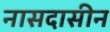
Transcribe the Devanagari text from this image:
नासदासीन